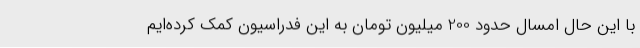
با این حال امسال حدود 200 میلیون تومان به این فدراسیون کمک کرده‌ایم